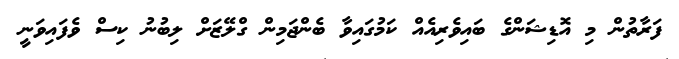
ފަރާތުން މި އޮޑިޝަންގެ ބައިވެރިއެއް ކަމުގައިވާ ބެންޖަމިން ގްލޭޒަށް ލިބުނު ކިސް ވެފައިވަނީ